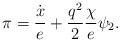
LaTeX: \begin{align*}\pi= { \dot x \over e} + {q^2 \over 2} { \chi \over e} \psi_2.\end{align*}